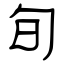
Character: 旬